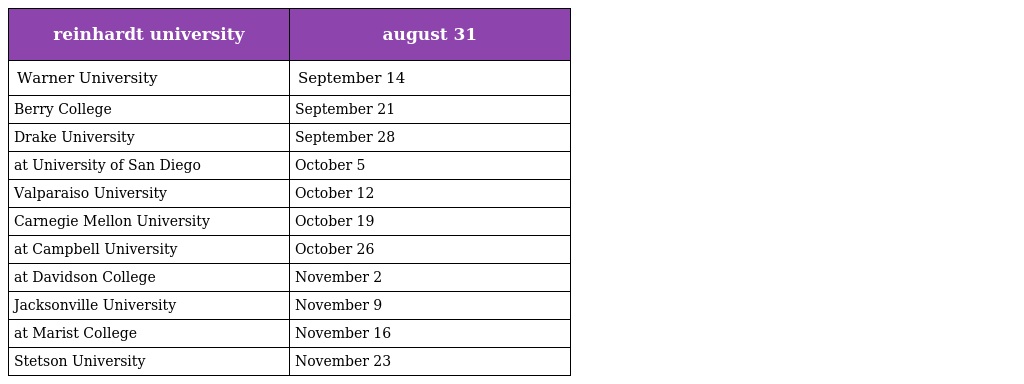
| reinhardt university | august 31 |
 | --- | --- |
 | Warner University | September 14 |
 | Berry College | September 21 |
 | Drake University | September 28 |
 | at University of San Diego | October 5 |
 | Valparaiso University | October 12 |
 | Carnegie Mellon University | October 19 |
 | at Campbell University | October 26 |
 | at Davidson College | November 2 |
 | Jacksonville University | November 9 |
 | at Marist College | November 16 |
 | Stetson University | November 23 |